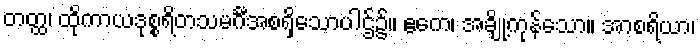
တတ္ထ၊ ထိုကာယဒုစ္စရိတသမင်္ဂီအစရှိသောပါဌ်၌။ ဧကေ၊ အချို့ကုန်သော။ အာစရိယာ၊